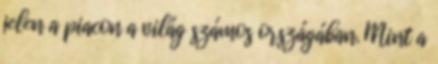
jelen a piacon a világ számos országában. Mint a